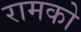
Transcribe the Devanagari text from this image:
रामको